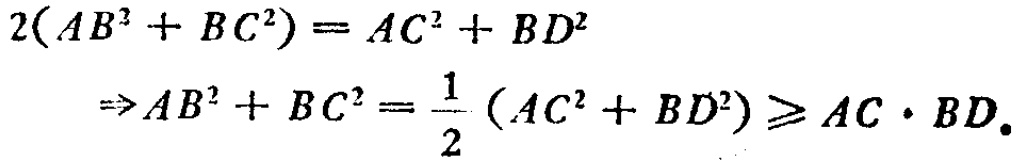
\[
\begin{align*}
2(AB^{2}+BC^{2})&=AC^{2}+BD^{2}\\
\Rightarrow AB^{2}+BC^{2}&=\frac{1}{2}(AC^{2}+BD^{2})\geqslant AC\cdot BD.
\end{align*}
\]